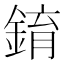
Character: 錥